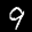
Label: 9